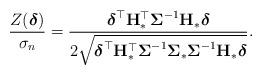
LaTeX: \begin{align*}\frac{Z(\boldsymbol{\delta})}{{\sigma_n}}=\frac{\boldsymbol{\delta}^\top\mathbf{H}_\ast^\top\boldsymbol{\Sigma}^{-1}\mathbf{H}_\ast\boldsymbol{\delta}}{2\sqrt{\boldsymbol{\delta}^\top\mathbf{H}_\ast^\top\boldsymbol{\Sigma}^{-1}\boldsymbol{\Sigma}_\ast\boldsymbol{\Sigma}^{-1}\mathbf{H}_\ast\boldsymbol{\delta}}}.\end{align*}